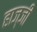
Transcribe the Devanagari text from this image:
हाज्जी